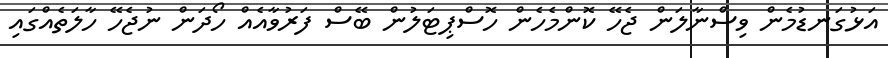
އަޅުގަނޑުމެން ވިސްނާލަން ޖެހޭ ކޮންމެހެން ހޮސްޕިޓަލުން ބޭސް ފަރުވާއެއް ހޯދަން ނުޖެހޭ ހާލަތެއްގައި